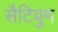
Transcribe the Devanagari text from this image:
सैटिवुम